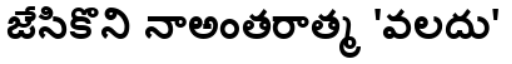
జేసికొని నాఅంతరాత్మ 'వలదు'